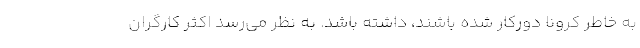
به خاطر کرونا دورکار شده باشند، داشته باشد. به نظر می‌رسد اکثر کارگران